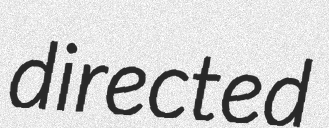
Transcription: directed